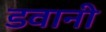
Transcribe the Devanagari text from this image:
डवानी